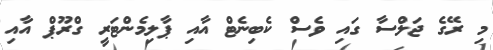
މި ރޭގެ ޖަލްސާ ގައި ވެސް ކެބިނެޓް އާއި ޕާލިމެންޓަރީ ގްރޫޕް އާއި